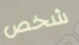
شخص